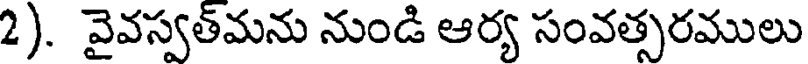
2). వైవస్వత్మను నుండి ఆర్య సంవత్సరములు